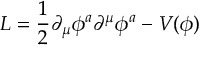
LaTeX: { \cal L } = { \frac { 1 } { 2 } } \partial _ { \mu } \phi ^ { a } \partial ^ { \mu } \phi ^ { a } - V ( \phi )